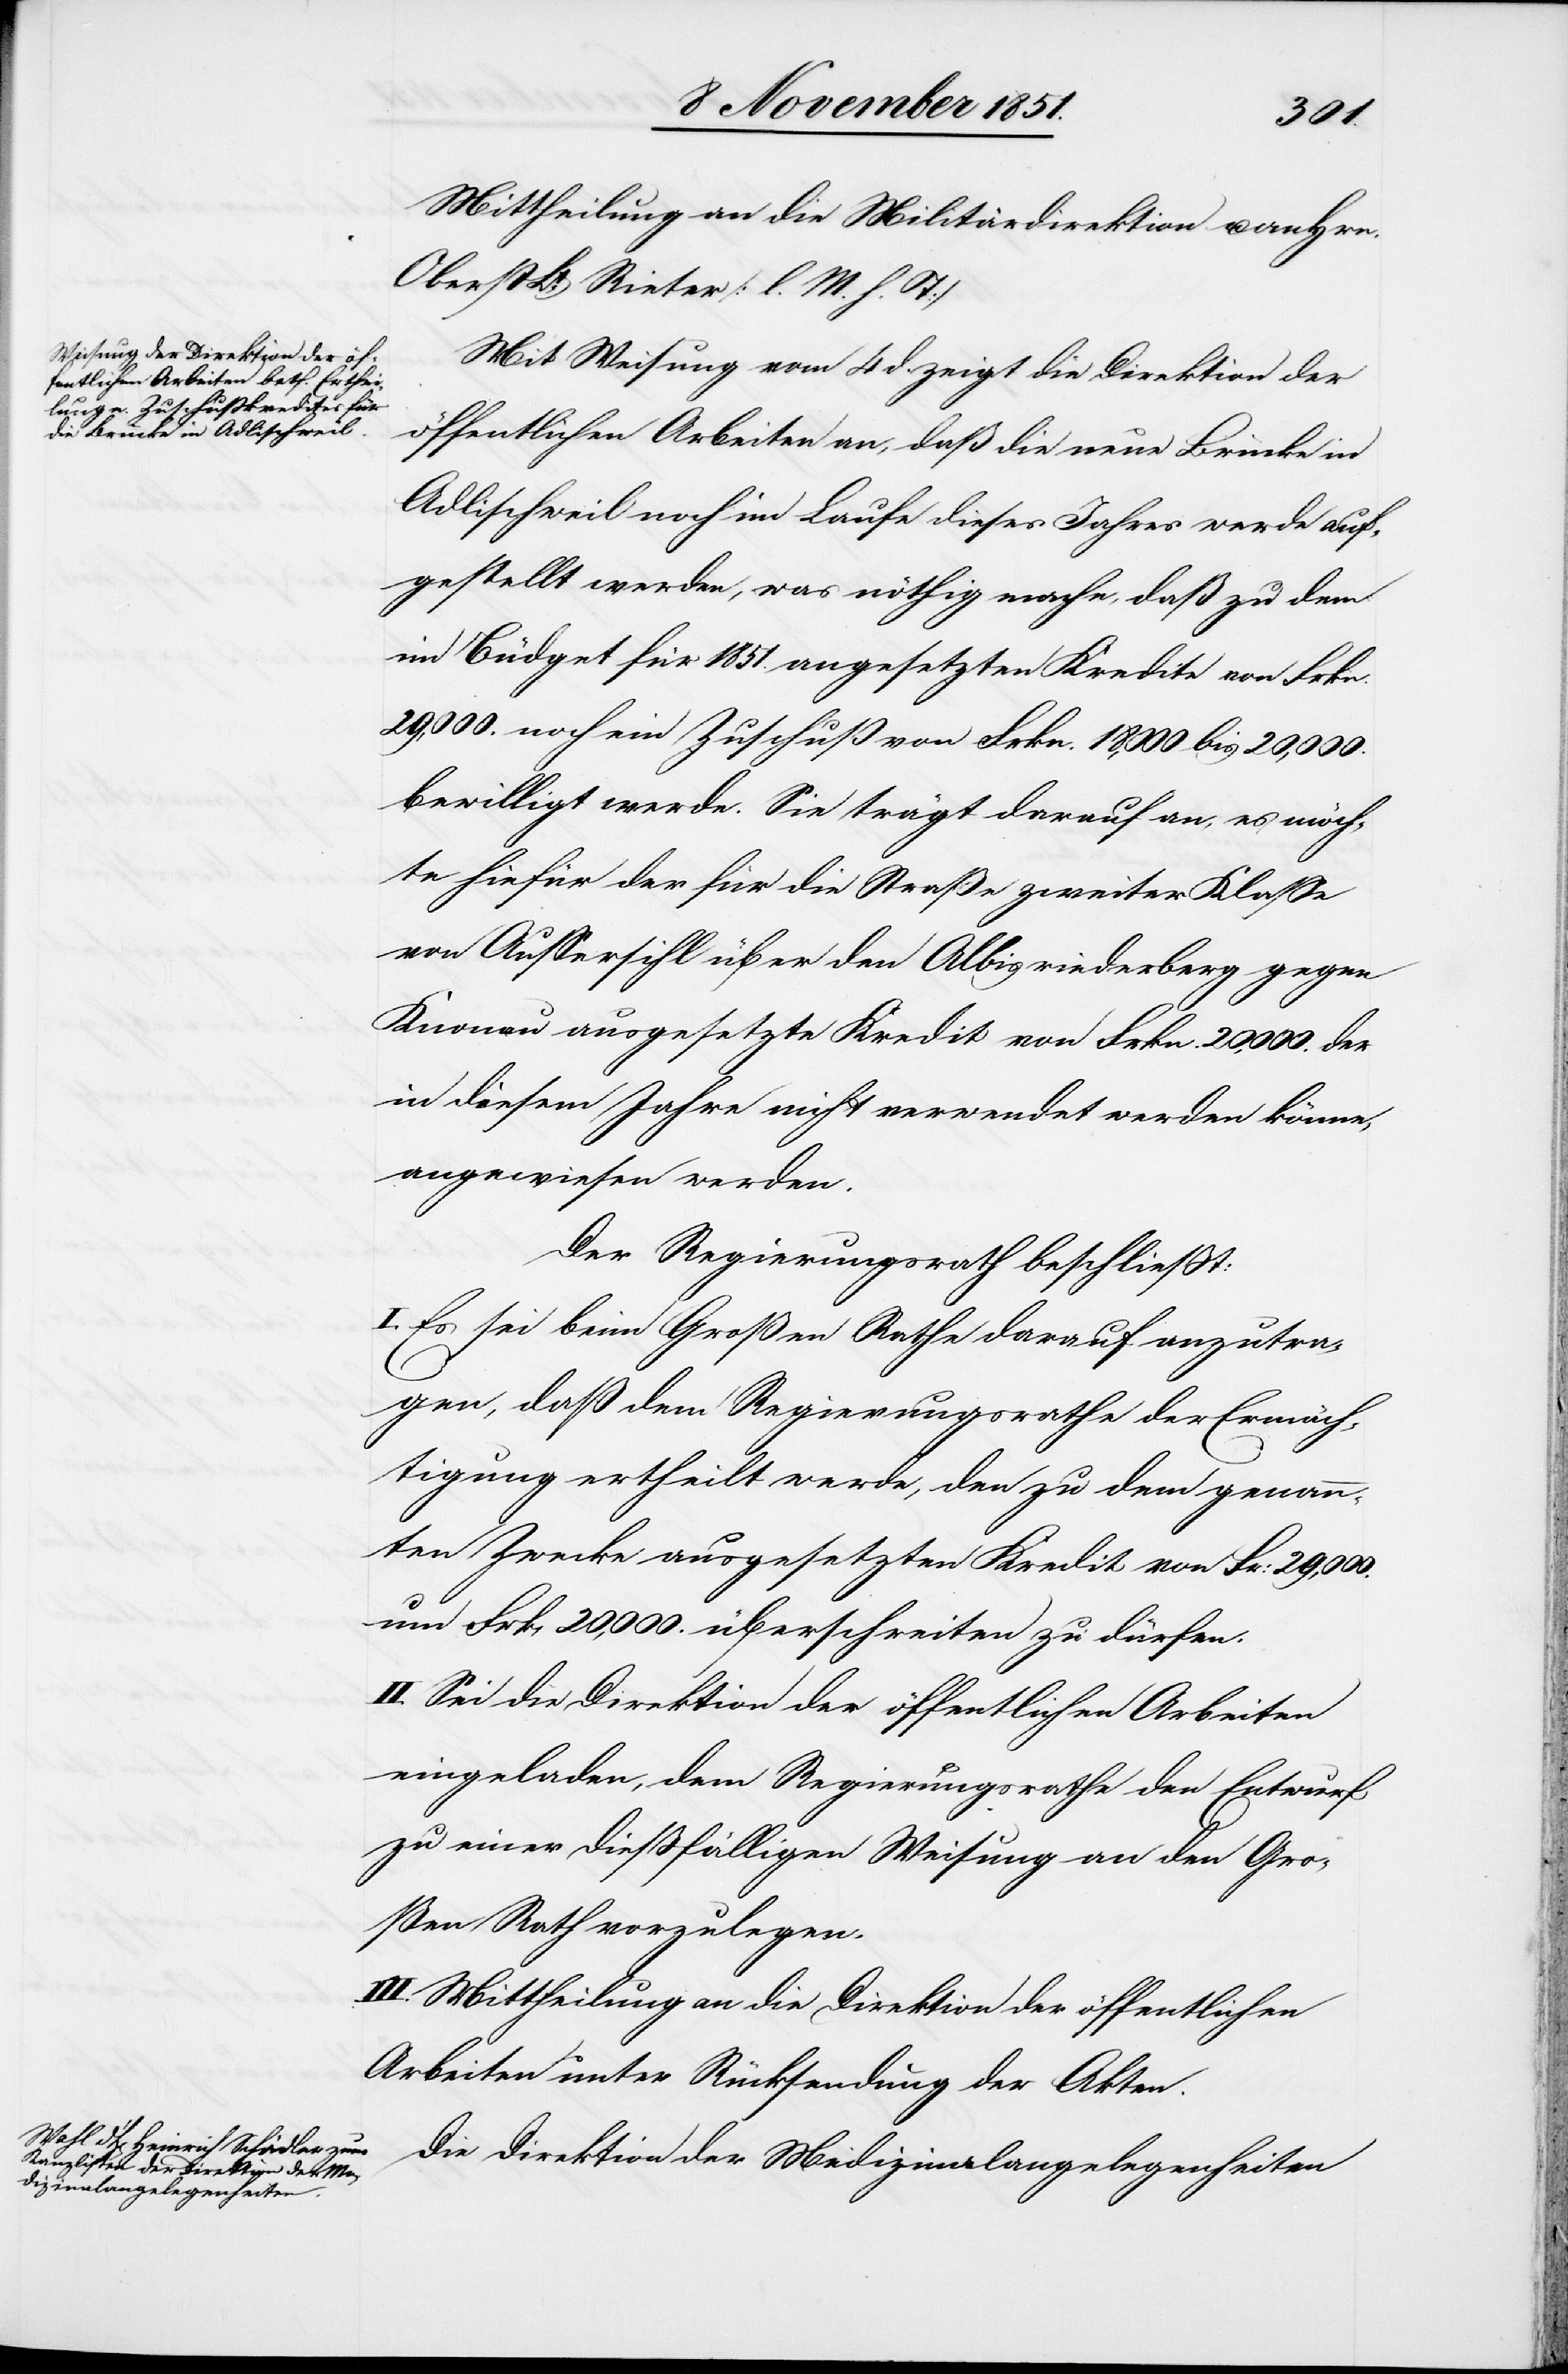
Mittheilung an die Militärdirektion u. an Hrn.
Oberst Lt. Rieter [l. M. h. T][.]
Mit Weisung vom 4 d. zeigt die Direktion der
öffentlichen Arbeiten an, daß die neue Brücke in
Adlischweil noch im Laufe dieses Jahres werde auf¬
gestellt werden, was nöthig mache, daß zu dem
im Büdget für 1851. angesetzten Kredite von Frkn.
29,000. noch ein Zuschuß von Frkn. 18,000 bis 20,000.
bewilligt werde. Sie trägt darauf an, es möch¬
te hiefür der für die Straße zweiter Klasse
von Aussersihl über den Albisriederberg gegen
Knonau ausgesetzte Kredit von Frkn. 20,000. der
in diesem Jahre nicht verwendet werden könne,
angewiesen werden.
Der Regierungsrath beschließt:
I. Es sei beim Großen Rathe darauf anzutra¬
gen, daß dem Regierungsrathe der [sic!] Ermäch¬
tigung ertheilt werde, den zu dem genann¬
ten Zwecke ausgesetzten Kredit von Fr: 29,000.
um Frk. 20,000. überschreiten zu dürfen.
II. Sei die Direktion der öffentlichen Arbeiten
eingeladen, dem Regierungsrathe den Entwurf
zu einer dießfälligen Weisung an den Gro¬
ßen Rath vorzulegen.
III. Mittheilung an die Direktion der öffentlichen
Arbeiten unter Rücksendung der Akten.
Die Direktion der Medizinalangelegenheiten